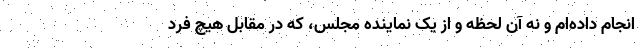
انجام داده‌ام و نه آن لحظه و از یک نماینده مجلس، که در مقابل هیچ فرد